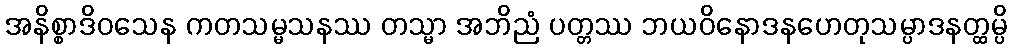
အနိစ္စာဒိဝသေန ကတသမ္မသနဿ တသ္မာ အဘိညံ ပတ္တဿ ဘယဝိနောဒနဟေတုသမ္ပာဒနတ္ထမ္ပိ